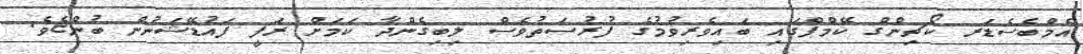
އެމްބެސެޑަރ ކޯޗިންގް ކޭމްޕްގައި ބައިވެރިވުމުގެ ފުރުސަތުވެސް ލިބިގެންދާ ކަމަށް ރަފީ ފައުޑޭޝަނުން ބުންޏެވެ.